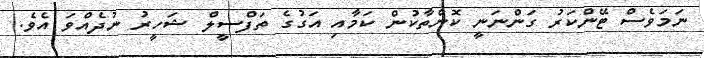
ނަމަވެސް ޓޭންކަރު ގަންނަނީ ކޮންތާކުން ކަމާއި އަގުގެ ތަފްސީލް ޝަހީރު ނުދެއްވަ އެވެ.